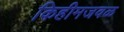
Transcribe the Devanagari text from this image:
किहीमजवळ